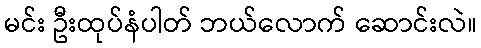
မင်း ဦးထုပ်နံပါတ် ဘယ်လောက် ဆောင်းလဲ။